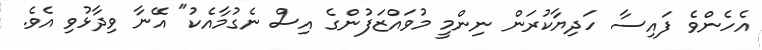
އެހެންވެ ފައިސާ ހަދިޔާކުރަން ނިންމީ މުވައްޒަފުންގެ އިސް ނެގުމާއެކު" އޭނާ ވިދާޅުވި އެވެ.